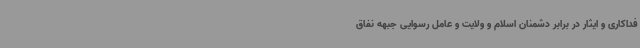
فداکاری و ایثار در برابر دشمنان اسلام و ولایت و عامل رسوایی جبهه نفاق